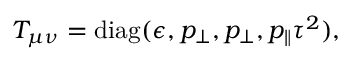
T _ { \mu \nu } = \mathrm { d i a g } ( \epsilon , p _ { \perp } , p _ { \perp } , p _ { \| } \tau ^ { 2 } ) ,